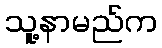
သူ့နာမည်က